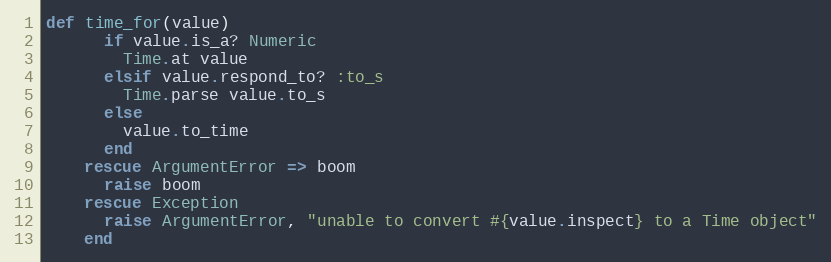
Language: Ruby
def time_for(value)
      if value.is_a? Numeric
        Time.at value
      elsif value.respond_to? :to_s
        Time.parse value.to_s
      else
        value.to_time
      end
    rescue ArgumentError => boom
      raise boom
    rescue Exception
      raise ArgumentError, "unable to convert #{value.inspect} to a Time object"
    end